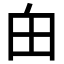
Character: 甶